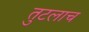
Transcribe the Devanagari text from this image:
तुटलाच